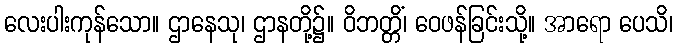
လေးပါးကုန်သော။ ဌာနေသု၊ ဌာနတို့၌။ ဝိဘတ္တိံ၊ ဝေဖန်ခြင်းသို့။ အာရော ပေသိ၊